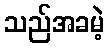
သည်အခမဲ့